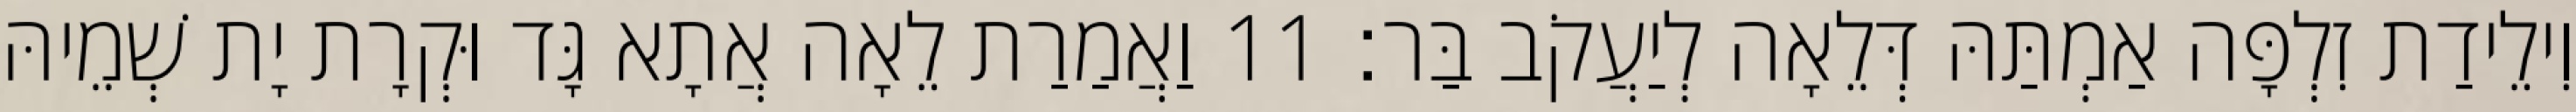
וִילֵידַת זִלְפָּה אַמְתַּהּ דְּלֵאָה לְיַעֲקֹב בַּר׃ 11 וַאֲמַרַת לֵאָה אֲתָא גָּד וּקְרָת יָת שְׁמֵיהּ